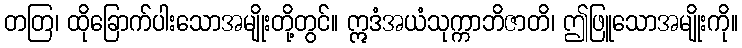
တတြ၊ ထိုခြောက်ပါးသောအမျိုးတို့တွင်။ ဣဒံအယံသုက္ကာဘိဇာတိ၊ ဤဖြူသောအမျိုးကို။